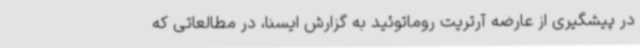
در پیشگیری از عارضه آرتریت روماتوئید به گزارش ایسنا، در مطالعاتی که